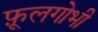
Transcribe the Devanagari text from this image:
फ़ूलगोभी